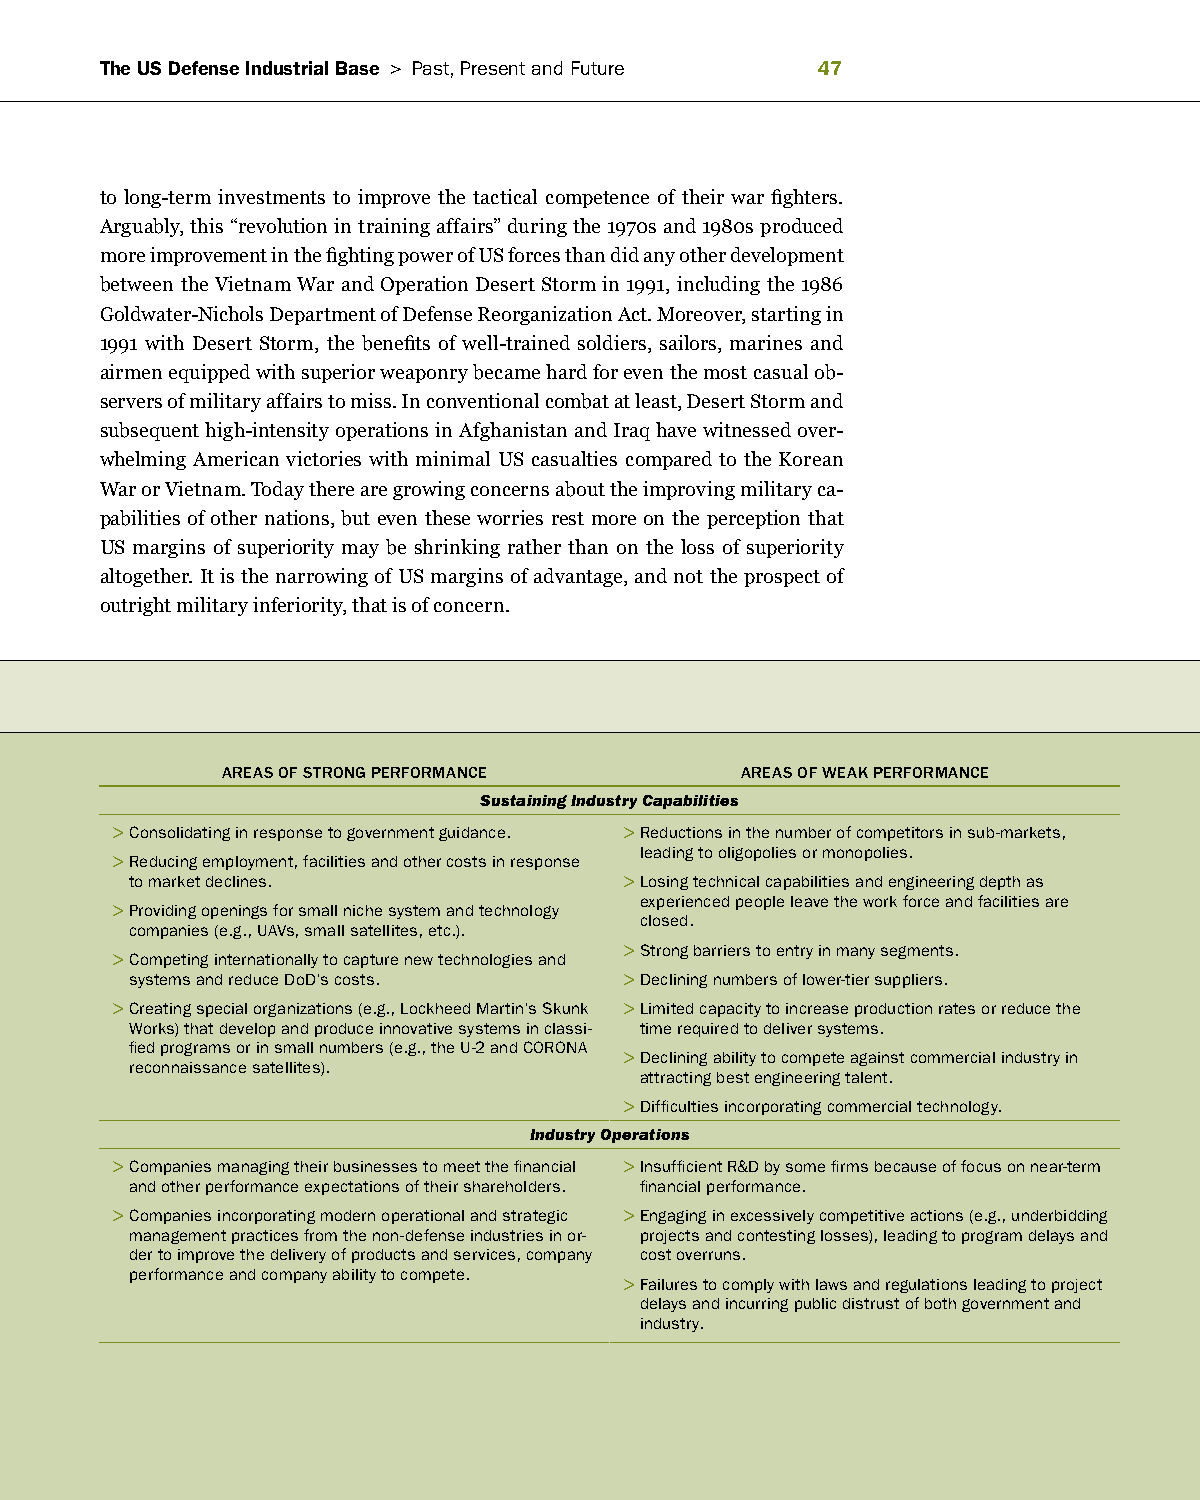
The US Defense Industrial Base > Past, Present and future 
 to long-term investments to improve the tactical competence of their war fighters.
 Arguably, this “revolution in training affairs” during the 1970s and 1980s produced
 more improvement in the fighting power of US forces than did any other development
 between the Vietnam War and Operation Desert Storm in 1991, including the 1986
 Goldwater-Nichols Department of Defense Reorganization Act. Moreover, starting in
 1991 with Desert Storm, the benefits of well-trained soldiers, sailors, marines and
 airmen equipped with superior weaponry became hard for even the most casual ob-
 servers of military affairs to miss. In conventional combat at least, Desert Storm and
 subsequent high-intensity operations in Afghanistan and Iraq have witnessed over-
 whelming American victories with minimal US casualties compared to the Korean
 War or Vietnam. Today there are growing concerns about the improving military ca-
 pabilities of other nations, but even these worries rest more on the perception that
 US margins of superiority may be shrinking rather than on the loss of superiority
 altogether. It is the narrowing of US margins of advantage, and not the prospect of
 outright military inferiority, that is of concern.
 AREAS OF STRONg PERFORmANCE       AREAS OF WEAk PERFORmANCE
 Sustaining Industry Capabilities
 > Consolidating in response to government guidance. > reductions in the number of competitors in sub-markets,
 > reducing employment, facilities and other costs in response leading to oligopolies or monopolies.
 to market declines.             > Losing technical capabilities and engineering depth as
 > Providing openings for small niche system and technology experienced people leave the work force and facilities are
 closed.
 companies (e.g., uavs, small satellites, etc.).
 > Competing internationally to capture new technologies and > Strong barriers to entry in many segments.
 systems and reduce DoD’s costs. > Declining numbers of lower-tier suppliers.
 > Creating special organizations (e.g., Lockheed Martin’s Skunk > Limited capacity to increase production rates or reduce the
 Works) that develop and produce innovative systems in classi- time required to deliver systems.
 fied programs or in small numbers (e.g., the u-2 and Corona > Declining ability to compete against commercial industry in
 reconnaissance satellites).
 attracting best engineering talent.
 > Difficulties incorporating commercial technology.
 Industry Operations
 > Companies managing their businesses to meet the financial > insufficient r&D by some firms because of focus on near-term
 and other performance expectations of their shareholders. financial performance.
 > Companies incorporating modern operational and strategic > engaging in excessively competitive actions (e.g., underbidding
 management practices from the non-defense industries in or- projects and contesting losses), leading to program delays and
 der to improve the delivery of products and services, company cost overruns.
 performance and company ability to compete. > failures to comply with laws and regulations leading to project
 delays and incurring public distrust of both government and
 industry.